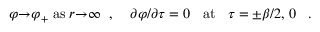
\varphi { \rightarrow } { \varphi } _ { + } \; \mathrm { a s } \; r { \rightarrow } { \infty } \; \; , \; \; \; \; { \partial } \varphi / { \partial } \tau = 0 \; \; \mathrm { ~ a t ~ } \; \; \tau = { \pm } \beta / 2 \mathrm { , ~ } 0 \; \; \; .